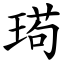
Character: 㻤